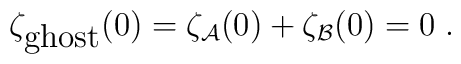
\zeta_{\mbox {ghost}}(0)=\zeta_{\cal A}(0)+\zeta_{\cal B}(0)=0 \; .